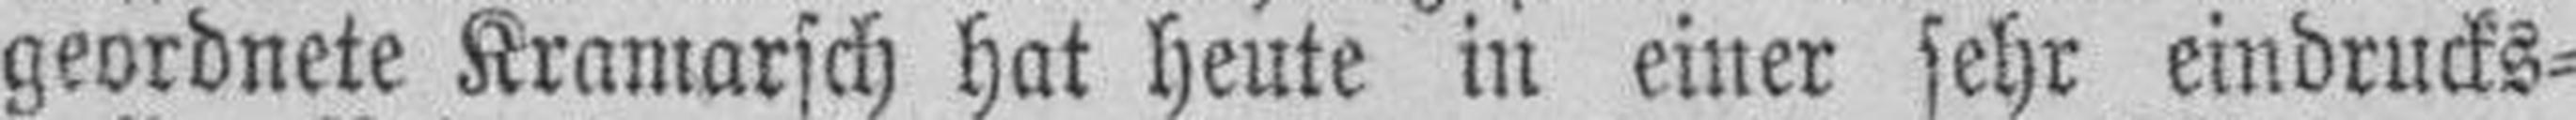
geordnete Kramarsch hat heute in einer sehr eindrucks¬